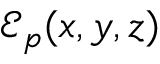
\mathcal { E } _ { p } ( x , y , z )